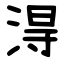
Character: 淂